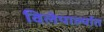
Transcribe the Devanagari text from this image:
विलेपार्ल्यात